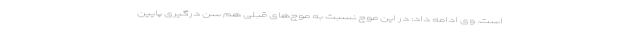
است. وی ادامه داد: در این موج نسبت به موج‌های قبلی هم سن درگیری پایین